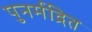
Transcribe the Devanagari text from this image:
पुनर्मद्रित